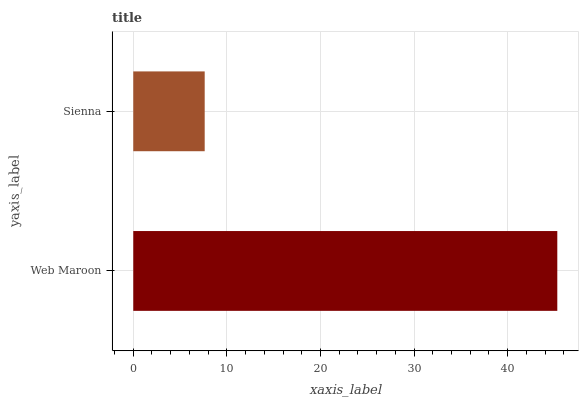
| yaxis_label | bars |
 | --- | --- |
 | Web Maroon | 45.3 |
 | Sienna | 7.63 |